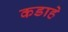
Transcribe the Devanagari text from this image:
कडाहे